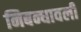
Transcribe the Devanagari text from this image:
निबन्धावली